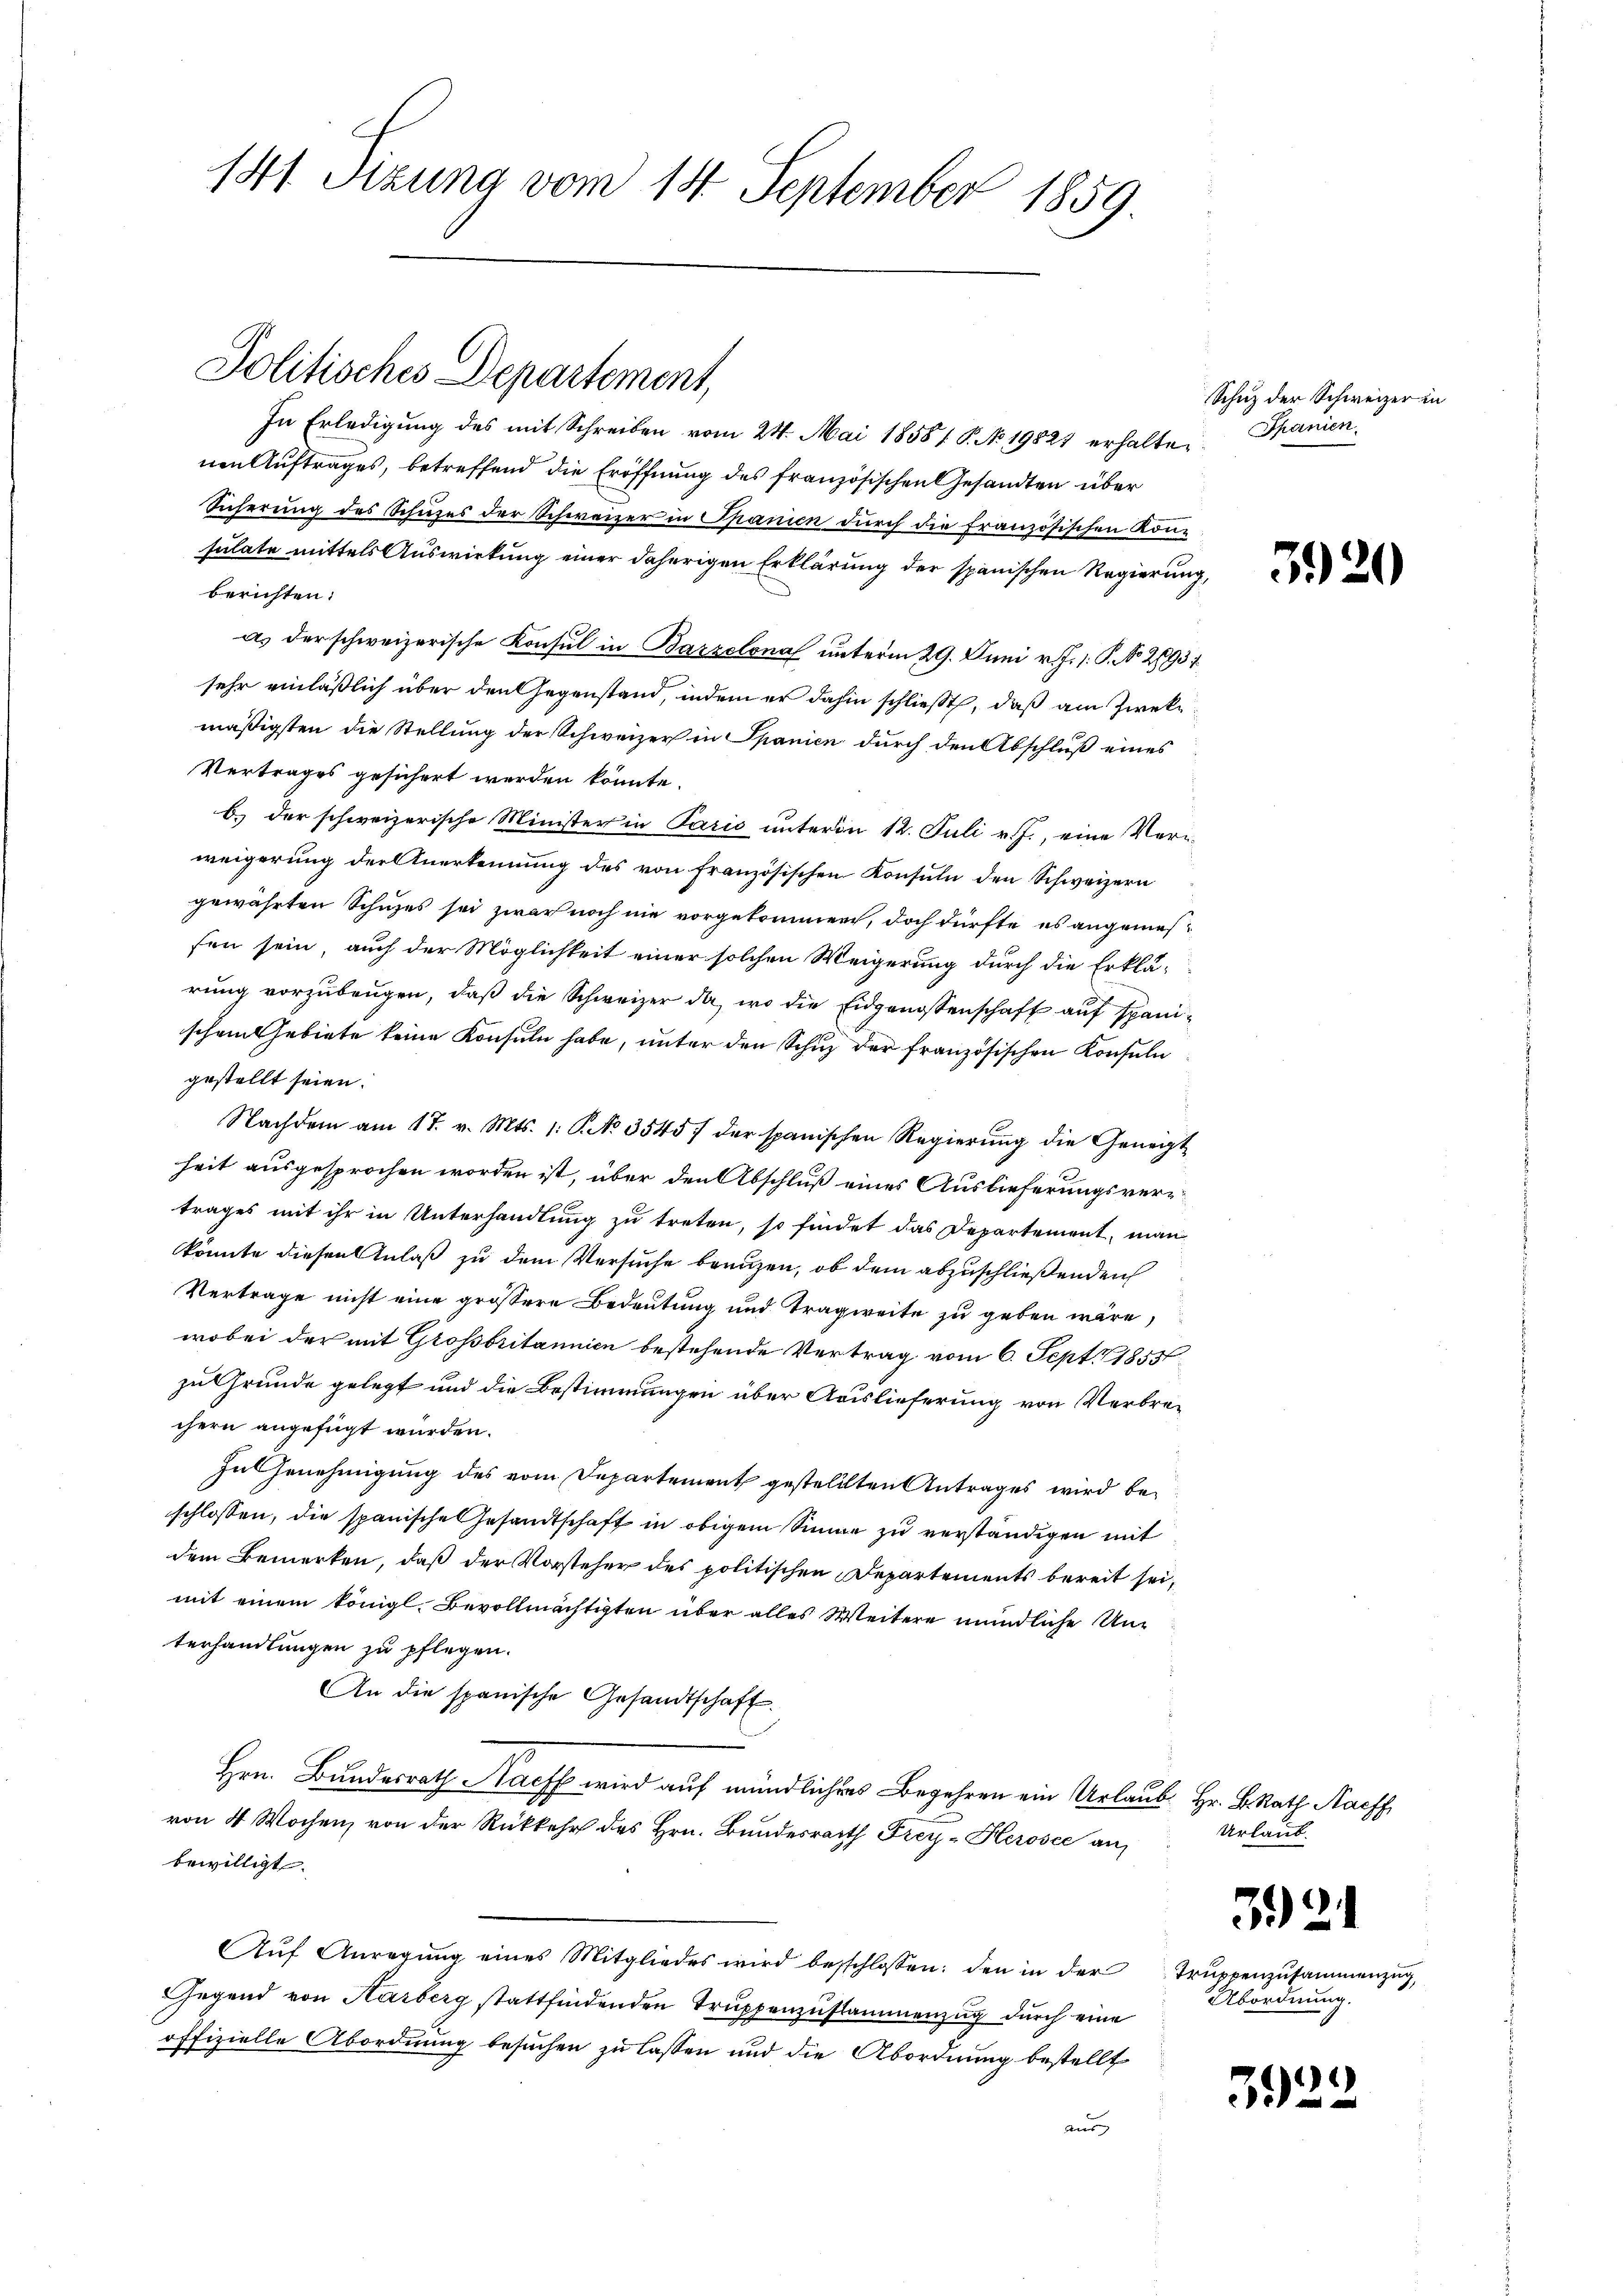
141. Szuna vom 14. September 1859.

Politisches Departement,

In Erledigung des mit Schreiben vom 24. Mai 1858 1 S. No 19821 erhalte. Spanien
nen Auftrages, betreffend die Eröffnung des französischen Gesandten über
Sicherung des Schuzes der Schweizer in Spanien durch die französischen Konsulate mittels Auswirkung einer daherigen Erklärung der spanischen Regierung,
berichten.
as der schweizerische Konsul in Barzelona unterm 29. Juni v. J. 1. P. No. 2893
sehr einläßlich über den Gegenstand, indem er dahin schließt, daß am Zwekmäßigsten die Stellung der Schweizer in Spanien durch den Abschluß eines
Vertrages gesichert werden könnte.
b.) der schweizerische Minister in Paris unterm 12. Juli v. J., eine Ver-
weigerung der Anerkennung des von französischen Konsuln den Schweizern
gewährten Schuzes sei zwar noch nie vorgekommen, doch dürfte es angemesfen sein, auch der Möglichkeit einer solchen Weigerung durch die Erklärung vorzubeugen, daß die Schweizer da, wo die Eidgenossenschaft auf spanischen Gebiete keine Konsuln habe, unter den Schuz der französischen Konsuln
gestellt seien.
Nachdem am 17. v. Mts. 1. No 3545 f der spanischen Regierung die Geneigt
heit ausgesprochen worden ist, über den Abschluß eines Auslieferungsvertrages mit ihr in Unterhandlung zu treten, so findet das Departement, man
könnte diesen Anlaß zu dem Versuche brenzen, ob dem abzuschließenden
Vertrage nicht eine grössere Bedeutung und Tragweite zu geben wäre,
wobei der mit Grossbritannien bestehende Vertrag vom 6. Sept 1855
zu Grunde gelegt und die Bestimmungen über Auslieferung von Verbrechern angefügt würden.
In Genehmigung des vom Departement gestellten Antrages wird beschlossen, die spanische Gesandtschaft in obigem Sinne zu verständigen mit
dem Bemerken, daß der Vorsteher des politischen Departements bereit sei,
mit einem königl. Bevollmächtigten über alles Weitere mündliche Unterhandlungen zu pflegen.
An die spanische Gesandtschaft.
Hrn. Bundesrath Harff wird auf mündlichers Begehren ein Urlaub. Hr. B. Rath. Nachf
von 4 Wochen, von der Rückkehr des Hrn. Bundesrath Frey- Herosee an
bewilligt.
AAŭf Anregŭng eines Mitgliedes wird beschlossen: den in der
Gegend von Harberg stattfindenden Truppenzustammenzug durch eine
offizielle Abordnung besuchen zu lassen und die Abordnung bestellt
Aus

Schuz der Schweizer in

Urlaub.
3921
Truppenzusammenzug
Abordnung.

3922

3920